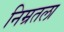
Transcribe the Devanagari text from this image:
निम्रतला